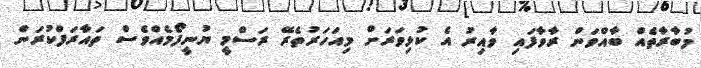
މުބާރާތެއް ބާއްވަން ރާވާފައި ވާއިރު އެ ކުޅިވަރަށް މިއަހަރުތެރޭ ރަސްމީ ޔުނީފޯމެއްވެސް ތައާރަފްކުރަން